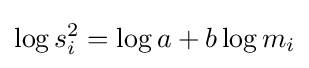
\log s_{i}^{2}=\log a+b\log m_{i}